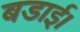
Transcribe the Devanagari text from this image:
बडाई।